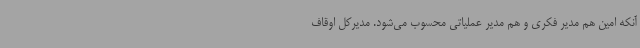
آنکه امین هم مدیر فکری و هم مدیر عملیاتی محسوب می‌شود. مدیرکل اوقاف